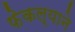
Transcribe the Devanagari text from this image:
फेकल्याने